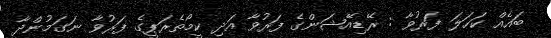
ބައެއް ކަހަލަ ފަރުވާ : ރޭޑިއޭޝަންގެ ފަރުވާ އަދި ކީމޯތެރަޕީގެ ފަރުވާ ނަގަމުންދާ